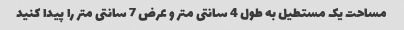
مساحت یک مستطیل به طول 4 سانتی متر و عرض 7 سانتی متر را پیدا کنید